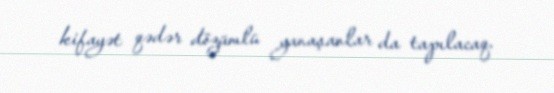
kifayət qədər dözümlü yanaşanlar da tapılacaq.